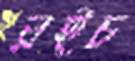
রইচ